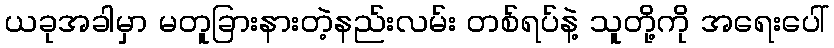
ယခုအခါမှာ မတူခြားနားတဲ့နည်းလမ်း တစ်ရပ်နဲ့ သူတို့ကို အရေးပေါ်